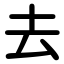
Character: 去